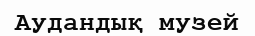
Аудандық музей